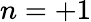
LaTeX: n=+1